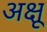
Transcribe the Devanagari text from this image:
अक्षू